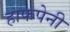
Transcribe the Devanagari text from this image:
हाफपेनी